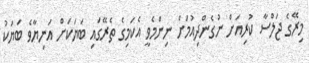
މިރޭގެ ޖަލްސާ ކުރިއަށް ނުގެންދިއުމަށް ނިންމެވީ އެކަމިގެ ތެރޭގައި ބަޔަކަށް އަނިޔާވެ ބަޔަކު